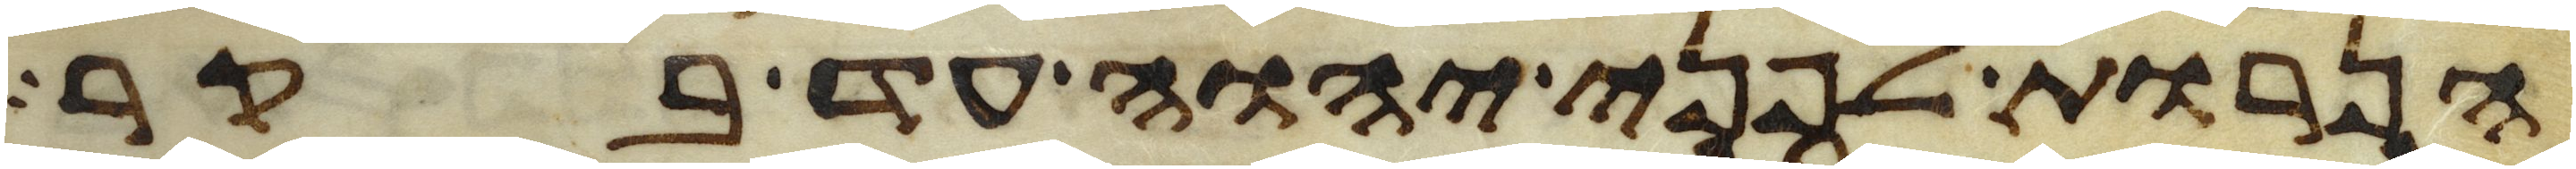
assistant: הנרות לפני יהוה עד בקר